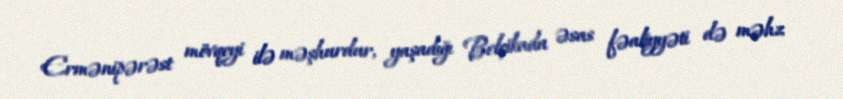
Ermənipərəst mövqeyi ilə məşhurdur, yaşadığı Belçikada əsas fəaliyyəti də məhz